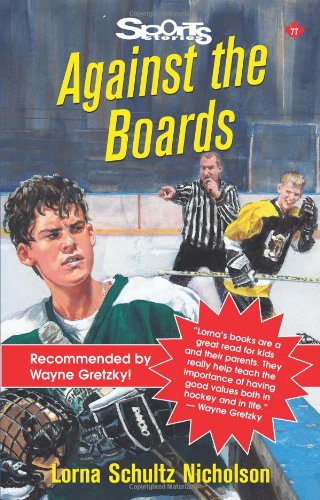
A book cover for Against the Boards (Lorimer Sports Stories); Lorna Schultz Nicholson; Children's Books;